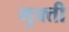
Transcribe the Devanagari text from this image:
भुक्ती